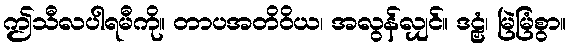
ဤသီလပါရမီကို။ တာပအတိဝိယ၊ အလွန်လျှင်။ ဒဠှံ၊ မြဲမြံစွာ။